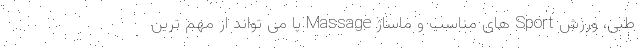
طبی، ورزش Sport های مناسب و ماساژ Massage پا می تواند از مهم ترین